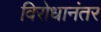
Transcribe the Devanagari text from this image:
विरोधानंतर